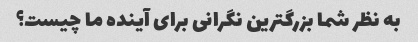
به نظر شما بزرگترین نگرانی برای آینده ما چیست؟